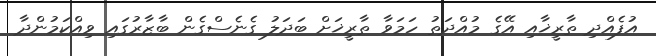
އުފެއްދި ތާރީޚާއި އޭގެ މުއްދަތު ހަމަވާ ތާރީޚަށް ބަދަލު ގެނެސްގެން ބާޒާރުގައި ވިއްކަމުންދާ